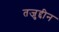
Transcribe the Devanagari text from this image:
तजुद्दीन